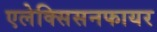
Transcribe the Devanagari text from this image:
एलेक्सिसनफायर